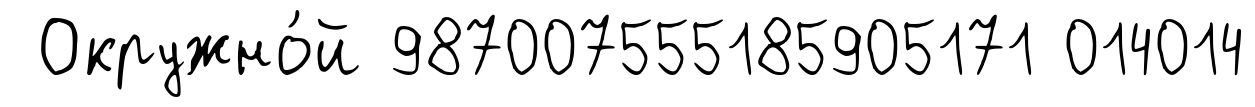
Окружно́й 987007555185905171 014014